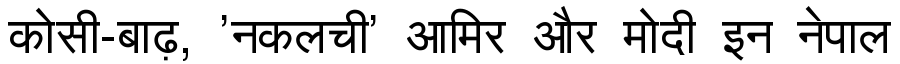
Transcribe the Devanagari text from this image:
कोसी-बाढ़, 'नकलची' आमिर और मोदी इन नेपाल